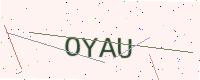
Text: OYAU